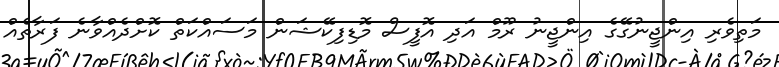
މަތިވެރި އިންޖީނުގޭގެ އިންޖީނު ރޫމް އަދި އޮފީސް މޮޑިފިކޭޝަން މަސައްކަތް ކޮށްދެއްވާނެ ފަރާތެއް